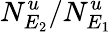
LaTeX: N_{E_{2}}^{u}/N_{E_{1}}^{u}